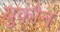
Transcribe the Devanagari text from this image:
युकौन